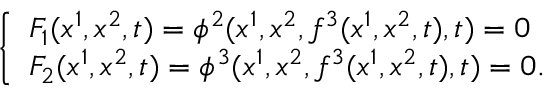
\left\{ \begin{array} { l } { { F _ { 1 } ( x ^ { 1 } , x ^ { 2 } , t ) = \phi ^ { 2 } ( x ^ { 1 } , x ^ { 2 } , f ^ { 3 } ( x ^ { 1 } , x ^ { 2 } , t ) , t ) = 0 } } \\ { { F _ { 2 } ( x ^ { 1 } , x ^ { 2 } , t ) = \phi ^ { 3 } ( x ^ { 1 } , x ^ { 2 } , f ^ { 3 } ( x ^ { 1 } , x ^ { 2 } , t ) , t ) = 0 . } } \end{array} \right.